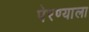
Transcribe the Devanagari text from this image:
पेरण्याला